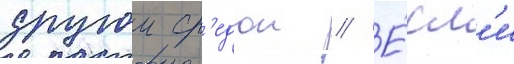
другои ср'едои // Е́сл'и